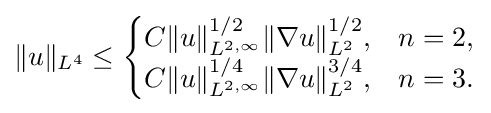
\|u\|_{L^{4}}\leq {\begin{cases}C\|u\|_{L^{2,\infty }}^{1/2}\|\nabla u\|_{L^{2}}^{1/2},&n=2,\\C\|u\|_{L^{2,\infty }}^{1/4}\|\nabla u\|_{L^{2}}^{3/4},&n=3.\end{cases}}